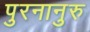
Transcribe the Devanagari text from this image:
पुरनानुरु